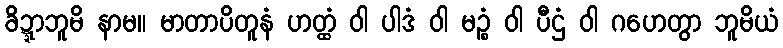
ခိဍ္ဍာဘူမိ နာမ။ မာတာပိတူနံ ဟတ္ထံ ဝါ ပါဒံ ဝါ မဉ္စံ ဝါ ပီဌံ ဝါ ဂဟေတွာ ဘူမိယံ